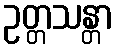
ဥတ္တသန္တာ